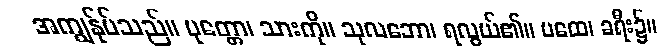
အကျွန်ုပ်သည်။ ပုတ္တော၊ သားကို။ သုလဘော၊ ရလွယ်၏။ ပထေ၊ ခရီး၌။